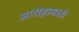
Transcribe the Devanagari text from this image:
आरोहामध्ये